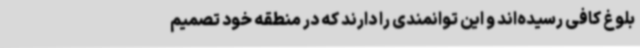
بلوغ کافی رسیده‌اند و این توانمندی را دارند که در منطقه خود تصمیم